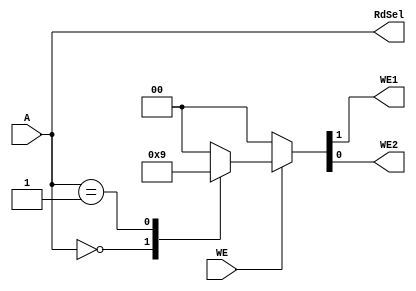
`timescale 1ns / 1ps
//////////////////////////////////////////////////////////////////////////////////
// Company: 
// Engineer: 
// 
// Design Name: 
// Module Name: Acccelerator_Blocks
// Project Name: 
// Target Devices: 
// Tool Versions: 
// Description: 
// 
// Dependencies: 
// 
// Revision:
// Revision 0.01 - File Created
// Additional Comments:
// 
//////////////////////////////////////////////////////////////////////////////////

module Factorial_Address_Decoder(
    input [1:0] A,
    input WE, 
    output wire WE1, WE2, 
    output wire [1:0] RdSel
); 
    reg [1:0] control; 
    assign {WE1, WE2} = control; 
    assign RdSel = A; 
    always@(A, WE)begin
        
        if(WE) begin
            case(A)
                'b00: control <= 'b1_0; 
                
                'b01: control <= 'b0_1; 
                
                default: control <= 'b0_0; 
                
            endcase
        end
        else begin
            control <= 'b00; 
        end
        
    end
endmodule

module f_register #(parameter width = 32)(
    input clk, en, rst,
    input [width-1:0] D,
    output reg [width-1:0] Q
); 
    always@(posedge clk, posedge rst) begin
        if(rst) Q <= 0;
        else if(en) Q <= D;
        else Q <= Q; 
    end
endmodule

module set_reset_register(
    input clk, set, reset,
    output reg Q
); 
    always@(posedge clk, posedge reset) begin 
        if(reset) Q <= 'b0;
        else if(set) Q <= 'b1; 
        else Q <= Q;
    end

endmodule

module f_output_mux(
    input [1:0] sel,
    input [31:0] a, b, c, d,
    output reg [31:0] Q
); 
    always@(*) begin
        case(sel) 
            'b00: Q <= a;
            'b01: Q <= b; 
            'b10: Q <= c; 
            'b11: Q <= d; 
            default: Q <= a;     
        endcase
    end

endmodule